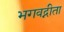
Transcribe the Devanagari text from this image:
भगवद्नीता